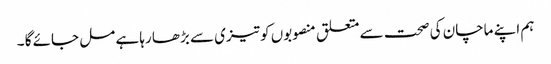
ہم اپنے ماچان کی صحت سے متعلق منصوبوں کو تیزی سے بڑھا رہا ہے مل جائے گا ۔